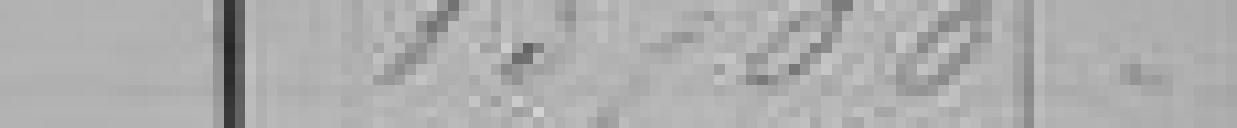
13700